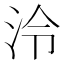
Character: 泠